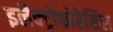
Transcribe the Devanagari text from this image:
इलैक्ट्रोफोरेसिस